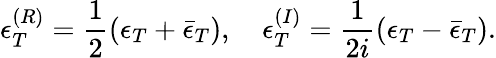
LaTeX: \epsilon_{T}^{(R)}=\frac 12(\epsilon_{T}+\bar{\epsilon}_{T}),\quad\epsilon_{T}^{(I)}=\frac{1}{2i}(\epsilon_{T}-\bar{\epsilon}_{T}).